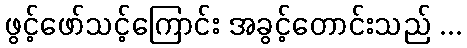
ဖွင့်ဖော်သင့်ကြောင်း အခွင့်တောင်းသည် ...